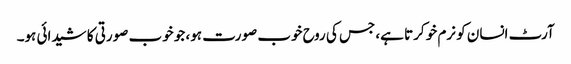
آرٹ انسان کو نرم خو کرتا ہے، جس کی روح خوب صورت ہو، جو خوب صورتی کا شیدائی ہو۔